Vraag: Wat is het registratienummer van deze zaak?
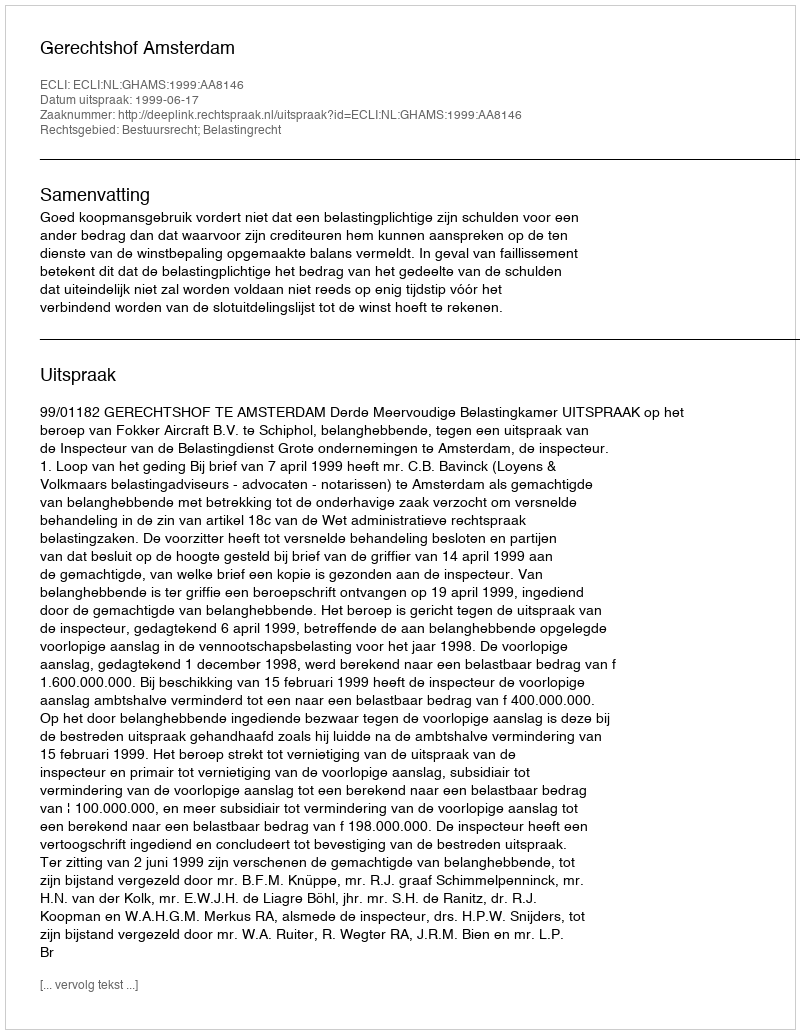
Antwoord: http://deeplink.rechtspraak.nl/uitspraak?id=ECLI:NL:GHAMS:1999:AA8146